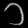
Digit: ၁